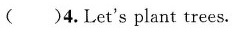
（）4.Let's plant trees.